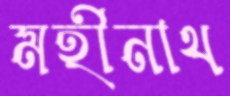
মহীনাথ